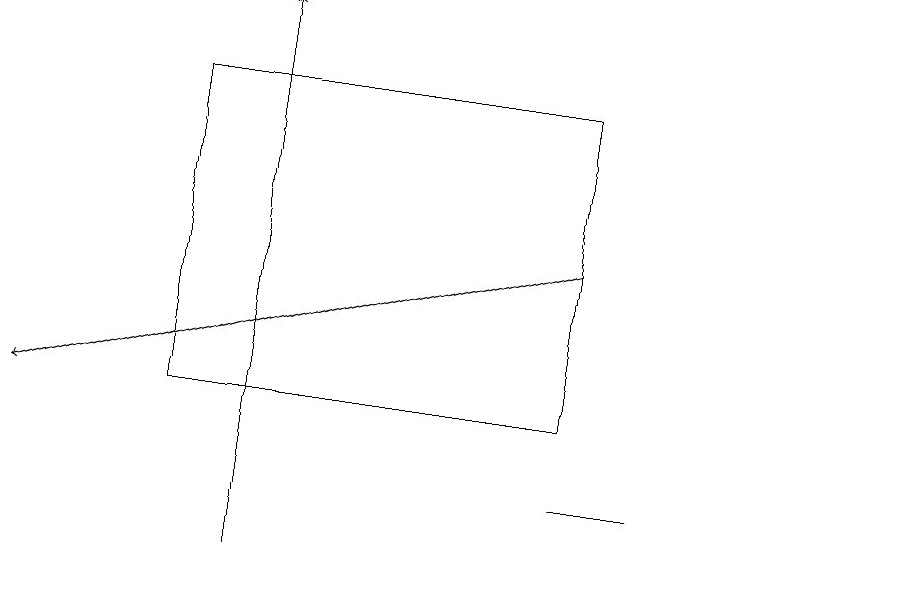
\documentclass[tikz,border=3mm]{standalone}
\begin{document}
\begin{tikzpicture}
\draw (9,12) rectangle (8,12);
\draw (12,12) circle (0);
\draw[->] (8,15) -- (1,13);
\draw[->] (4,11) -- (4,18);
\draw (3,13) rectangle (8,17);
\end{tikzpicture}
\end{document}